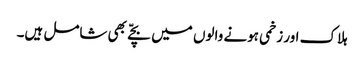
ہلاک اور زخمی ہونے والوں میں بچّے بھی شامل ہیں۔